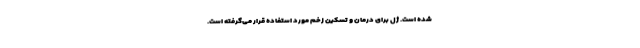
شده است. ژل برای درمان و تسکین زخم مورد استفاده قرار می‌گرفته است.